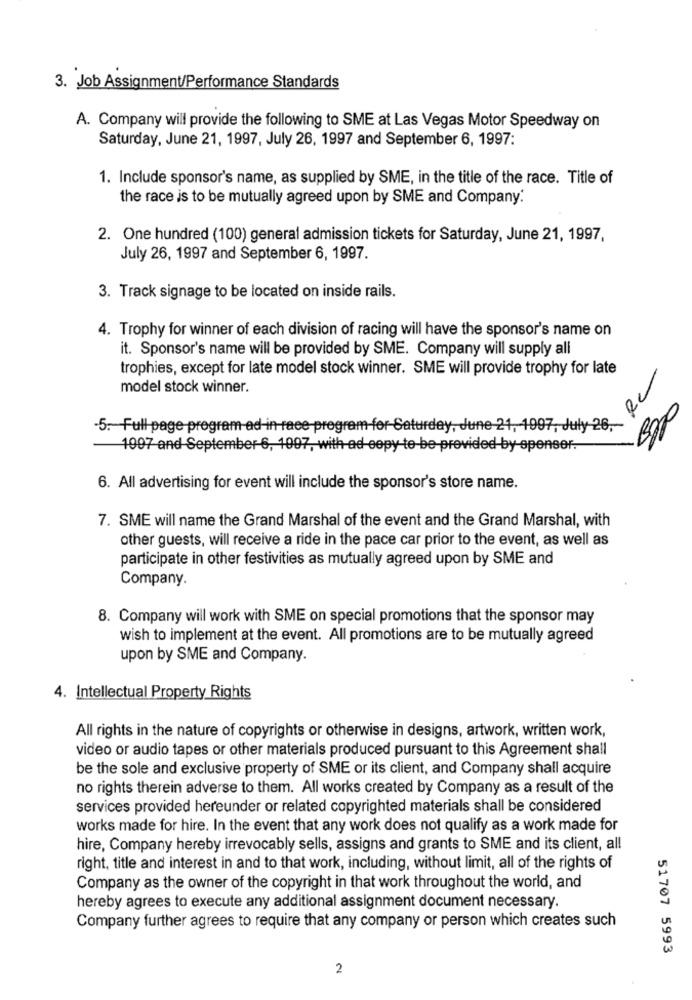
3. Job Assignment/Performance Standards
A. Company will provide the following to SME at Las Vegas Motor Speedway on
Saturday, June 21, 1997, July 26, 1997 and September 6, 1997:
1. Include sponsor's name, as supplied by SME, in the title of the race. Title of
the race is to be mutually agreed upon by SME and Company.
2. One hundred (100) general admission tickets for Saturday, June 21, 1997,
July 26, 1997 and September 6, 1997.
3. Track signage to be located on inside rails.
4. Trophy for winner of each division of racing will have the sponsor's name on
it. Sponsor's name will be provided by SME. Company will supply all
trophies, except for late model stock winner. SME will provide trophy for late
model stock winner.
5. Full page program ad-in raee program for-Saturday, June-21, 1997, July-26 ,-
dez
1997 and September 6, 1097, with ad copy to be provided by spenser.
6. All advertising for event will include the sponsor's store name.
7. SME will name the Grand Marshal of the event and the Grand Marshal, with
other guests, will receive a ride in the pace car prior to the event, as well as
participate in other festivities as mutually agreed upon by SME and
Company.
8. Company will work with SME on special promotions that the sponsor may
wish to implement at the event. All promotions are to be mutually agreed
upon by SME and Company.
4. Intellectual Property Rights
All rights in the nature of copyrights or otherwise in designs, artwork, written work,
video or audio tapes or other materials produced pursuant to this Agreement shall
be the sole and exclusive property of SME or its client, and Company shall acquire
no rights therein adverse to them. All works created by Company as a result of the
services provided hereunder or related copyrighted materials shall be considered
works made for hire. In the event that any work does not qualify as a work made for
hire, Company hereby irrevocably sells, assigns and grants to SME and its client, all
right, title and interest in and to that work, including, without limit, all of the rights of
Company as the owner of the copyright in that work throughout the world, and
hereby agrees to execute any additional assignment document necessary.
Company further agrees to require that any company or person which creates such
51707 5993
2